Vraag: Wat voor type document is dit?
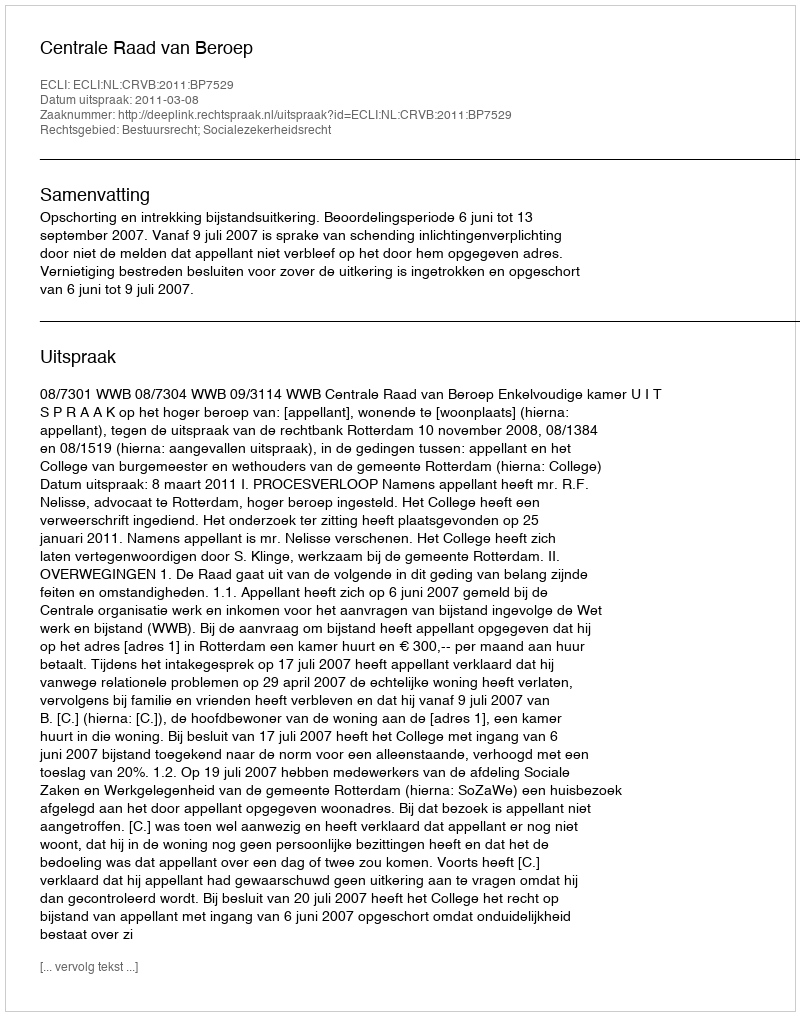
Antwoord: Uitspraak